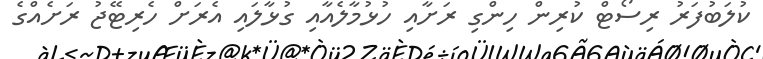
ކުލަބުފަރު ރިސޯޓް ކުރިން ހިންގި ރަށާއި ހުޅުމާލެއާއި ގުޅާލައި އެރަށް ހެރިޓޭޖު ރަށެއްގެ